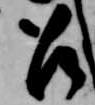
召